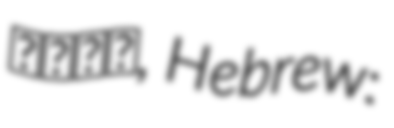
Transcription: سيام, Hebrew: